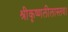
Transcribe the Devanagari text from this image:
श्रीकृष्णलीलास्तव।